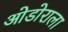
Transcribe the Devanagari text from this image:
ओडोराला